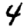
Digit: 4